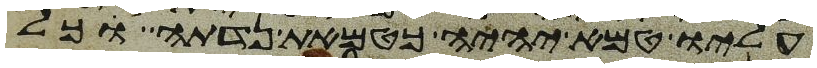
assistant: עליו טמא יהיה כטמאת נדתה כל